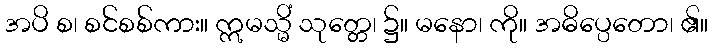
အပိ စ၊ စင်စစ်ကား။ ဣမသ္မိံ သုတ္တေ၊ ၌။ မနော၊ ကို။ အဓိပ္ပေတော၊ ၏။